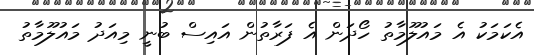
އެކަމަކު އެ މައުލޫމާތު ހޯދަން އެ ފަރާތުން އައިސް ބުނީ މިއަދު މައުލޫމާތު